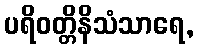
ပရိဝတ္တိနိသံသာရေ,